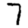
Digit: 7